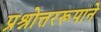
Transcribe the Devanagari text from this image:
प्रश्नोत्तररूपाने